Medical and sanitary report of the native army of Madras for the year
Year: 1878
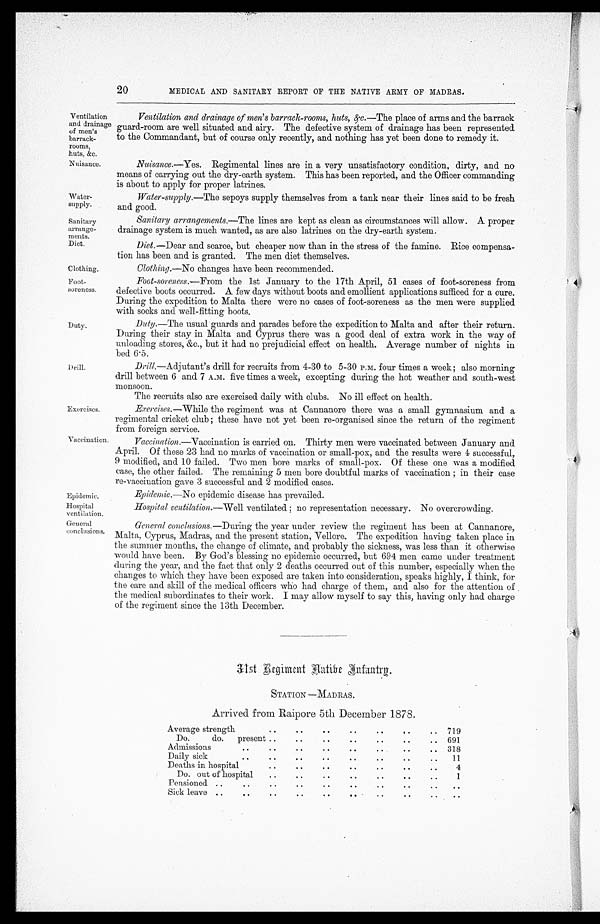
Ventilation
and drainage
of men's
barrack-
rooms,
huts. &c.
Nuisance.
Water-
supply.
Sanitary
arrange-
ments.
Diet.
Clothing.
Foot-
soreness.
Epidemic.
Hospital
ventilation.
General
conclusions.
20
MEDICAL AND SANITARY REPORT OF THE NATIVE ARMY OF MADRAS.
Duty.
Drill.
Exercises.
Vaccination.
Ventilation, and drainage of men's barrack-rooms, huts,&c. —The place of arms and the barrack
guard-room are well situated and airy. The defective system of drainage has been represented
to the Commandant, but of course only recently, and nothing has yet been done to remedy it.
Nuisance. —Yes. Regimental lines are in a very unsatisfactory condition, dirty, and no
means of carrying out the thy-earth system. This has been reported, and the Officer commanding
is about to apply for proper latrines.
Water-supply. —The sepoys supply themselves from a tank near their lines said to be fresh
and good.
Sanitary arrangements.—The lines are kept as clean as circumstances will allow. A proper
drainage system is much wanted, as are also latrines on the dry-earth system.
Diet. —Dear and scarce, but cheaper now than in the stress of the famine. Rice compensa-
tion has been and is granted. The men diet themselves.
Clothing. —No changes have been recommended.
Foot-soreness. —From the 1st January to the 17th April, 51 cases of foot-soreness from
defective boots occurred. A few days without boots and emollient applications sufficed for a cure.
During the expedition to Malta there were no cases of foot-soreness as the men were supplied
with socks and well-fitting boots.
Duty. —The usual guards and parades before the expedition to Malta and after their return.
Duing their stay in Malta and Cyprus there was a good deal of extra work in the way of
unloading stores, &c., but it had no prejudicial effect on health. Average number of nights in
bed 6.5.
Drill. —Adjutant's drill for recruits from 4-30 to 5-30 P.M. four times a week; also morning
drill between 6 and 7 A.M. five times a week, excepting during the hot weather and south-west
monsoon.
The recruits also are exercised daily with clubs. No ill effect on health.
Erercises. —While the regiment was at Cannanore there was a small gymnasium and a
regimental cricket club ; these have not yet been re-organised since the return of the regiment
from foreign service.
Vaccination. —Vaccination is carried on. Thirty men were vaccinated between January and.
April. Of these 23 had no marks of vaccination or small-pox, and the results were 4 successful,
9 modified, and 10 failed. Two men bore marks of small-pox. Of these one was a modified
case, the other failed. The remaining 5 men bore doubtful marks of vaccination ; in their case
re-vaccination gave 3 successful and 2 modified cases.
Epidemic.—No epidemic disease has prevailed.
Hospital ventilation.—Well ventilated ; no representation necessary. No overcrowding.
General conclusions. —During the year under review the regiment has been at Cannanore,
Malta, Cyprus, Madras, and the present station, Vellore. The expedition having taken place in
the summer months, the change of climate, and probably the sickness, was less than it otherwise
would have been. By God's blessing no epidemic occurred, but 694 men came under treatment
during the year, and the fact that only 2 deaths occurred out of this number, especially when the
changes to which they have been exposed are taken into consideration, speaks highly, I think, for
the care and skill of the medical officers who had charge of them, and also for the attention of
the medical subordinates to their work. I may allow myself to say this, having only had charge
of the regiment since the 13th December.
31st Regiment
Native Infantry. STATION —MADRAS.
Arrived from Raipore 5th December 1878.
Average strength
. .
. .
. .
. .
. .
. .
. .
719
Do.
do.
present
. .
..
..
. .
..
. .
. .
691
Admissions
..
..
. .
..
. .
. .
. .
. .
318
Daily sick
..
..
. .
..
. .
. .
. .
. .
11
Deaths in hospital
. .
..
. .
..
..
. .
. .
4
Do. out of hospital
..
. .
. .
. .
. .
. .
. .
1
Pensioned. ....
..
. .
..
. .
. .
. .
. .
. .
Sick leave ..
..
..
. .
. .
. .
. .
. .
. .
. .